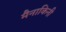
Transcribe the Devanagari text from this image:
मैनाकिनी